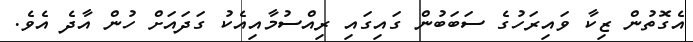
އެގޮތުން ޒިކާ ވައިރަހުގެ ސަބަބުން ގައިގައި ރިއްސުމާއިއެކު ގަދައަށް ހުން އާދެ އެވެ.